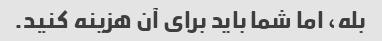
بله، اما شما باید برای آن هزینه کنید.